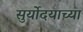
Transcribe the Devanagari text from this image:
सुर्योदयाच्या